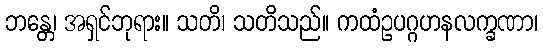
ဘန္တေ၊ အရှင်ဘုရား။ သတိ၊ သတိသည်။ ကထံဥပဂ္ဂဟနလက္ခဏာ၊